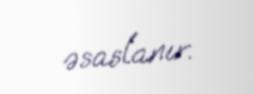
əsaslanır.